Madras plague regulations and rules - Volume 2
Disease focus: Plague
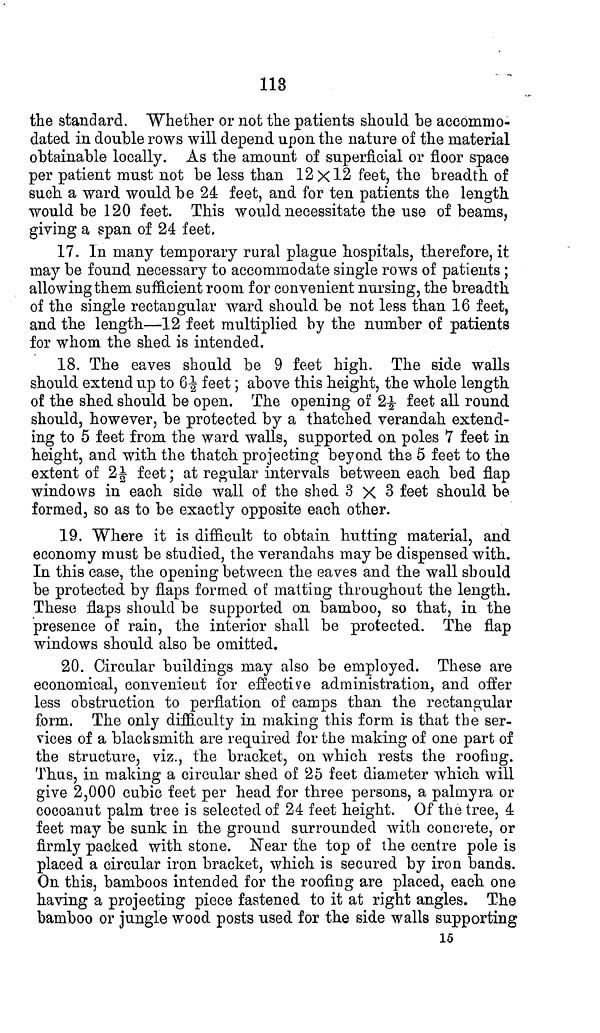
113
the standard. Whether or not the patients should be accommo-
dated in double rows will depend upon the nature of the material
obtainable locally. As the amount of superficial or floor space
per patient must not be less than 12 × 12 feet, the breadth of
such a ward would be 24 feet, and for ten patients the length
would be 120 feet. This would necessitate the use of beams,
giving a span of 24 feet.
17. In many temporary rural plague hospitals, therefore, it
may be found necessary to accommodate single rows of patients ;
allowing them sufficient room for convenient nursing, the breadth
of the single rectangular ward should be not less than 16 feet,
and the length—12 feet multiplied by the number of patients
for whom the shed is intended.
18. The eaves should be 9 feet high. The side walls
should extend up to 6½ feet; above this height, the whole length
of the shed should be open. The opening of 2½ feet all round
should, however, be protected by a thatched verandah extend-
ing to 5 feet from the ward walls, supported on poles 7 feet in
height, and with the thatch projecting beyond the 5 feet to the
extent of 2½ feet; at regular intervals between each bed flap
windows in each side wall of the shed 3 × 3 feet should be
formed, so as to be exactly opposite each other.
19. Where it is difficult to obtain hutting material, and
economy must be studied, the verandahs may be dispensed with.
In this case, the opening between the eaves and the wall should
be protected by flaps formed of matting throughout the length.
These flaps should be supported on bamboo, so that, in the
presence of rain, the interior shall be protected. The flap
windows should also be omitted.
20. Circular buildings may also be employed. These are
economical, convenient for effective administration, and offer
less obstruction to perflation of camps than the rectangular
form. The only difficulty in making this form is that the ser-
vices of a blacksmith are required for the making of one part of
the structure, viz., the bracket, on which rests the roofing.
Thus, in making a circular shed of 25 feet diameter which will
give 2,000 cubic feet per head for three persons, a palmyra or
cocoanut palm tree is selected of 24 feet height. Of the tree, 4
feet may be sunk in the ground surrounded with concrete, or
firmly packed with stone. Near the top of the centre pole is
placed a circular iron bracket, which is secured by iron bands.
On this, bamboos intended for the roofing are placed, each one
having a projecting piece fastened to it at right angles. The
bamboo or jungle wood posts used for the side walls supporting
15